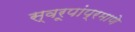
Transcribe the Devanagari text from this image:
स्वरूपांप्रमाणे